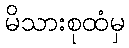
မိသားစုထံမှ